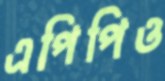
এপিপিও